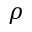
\rho